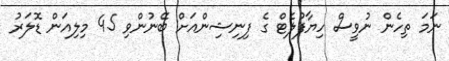
ނަމަ ތިހެން ނުވީސް ހިޔާފުލެޓް ގެ ފިނިޝިންއަށް ބޭނުންވި 45 މިލިއަން ޑޮލަރު